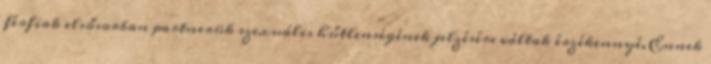
férﬁak elsősorban partnerük szexuális hűtlenségének jelzésére váltak érzékennyé. Ennek